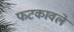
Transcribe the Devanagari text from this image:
फटकावले